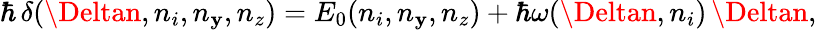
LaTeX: \hbar\, \delta(\Deltan,n_{i},n_{\mathbf{y}},n_{z})=E_{0}(n_{i},n_{\mathbf{y}},n_{z})+\hbar\omega(\Deltan,n_{i})\, \Deltan,